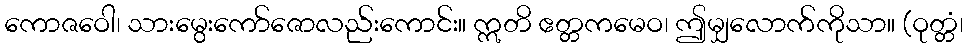
ကောဇဝေါ၊ သားမွေးကော်ဇောလည်းကောင်း။ ဣတိ ဧတ္တကမေဝ၊ ဤမျှလောက်ကိုသာ။ (ဝုတ္တံ၊